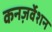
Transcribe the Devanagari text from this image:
कनज़र्वेशन